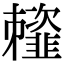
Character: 䪣